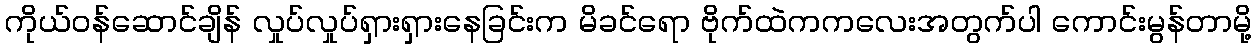
ကိုယ်ဝန်ဆောင်ချိန် လှုပ်လှုပ်ရှားရှားနေခြင်းက မိခင်ရော ဗိုက်ထဲကကလေးအတွက်ပါ ကောင်းမွန်တာမို့